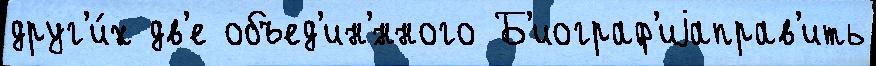
друг'и́х дв'е объед'ин'́нного Б'иограф'иjаправ'ить